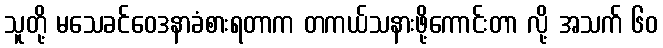
သူတို့ မသေခင်ဝေဒနာခံစားရတာက တကယ်သနားဖို့ကောင်းတာ လို့ အသက် ၆၀